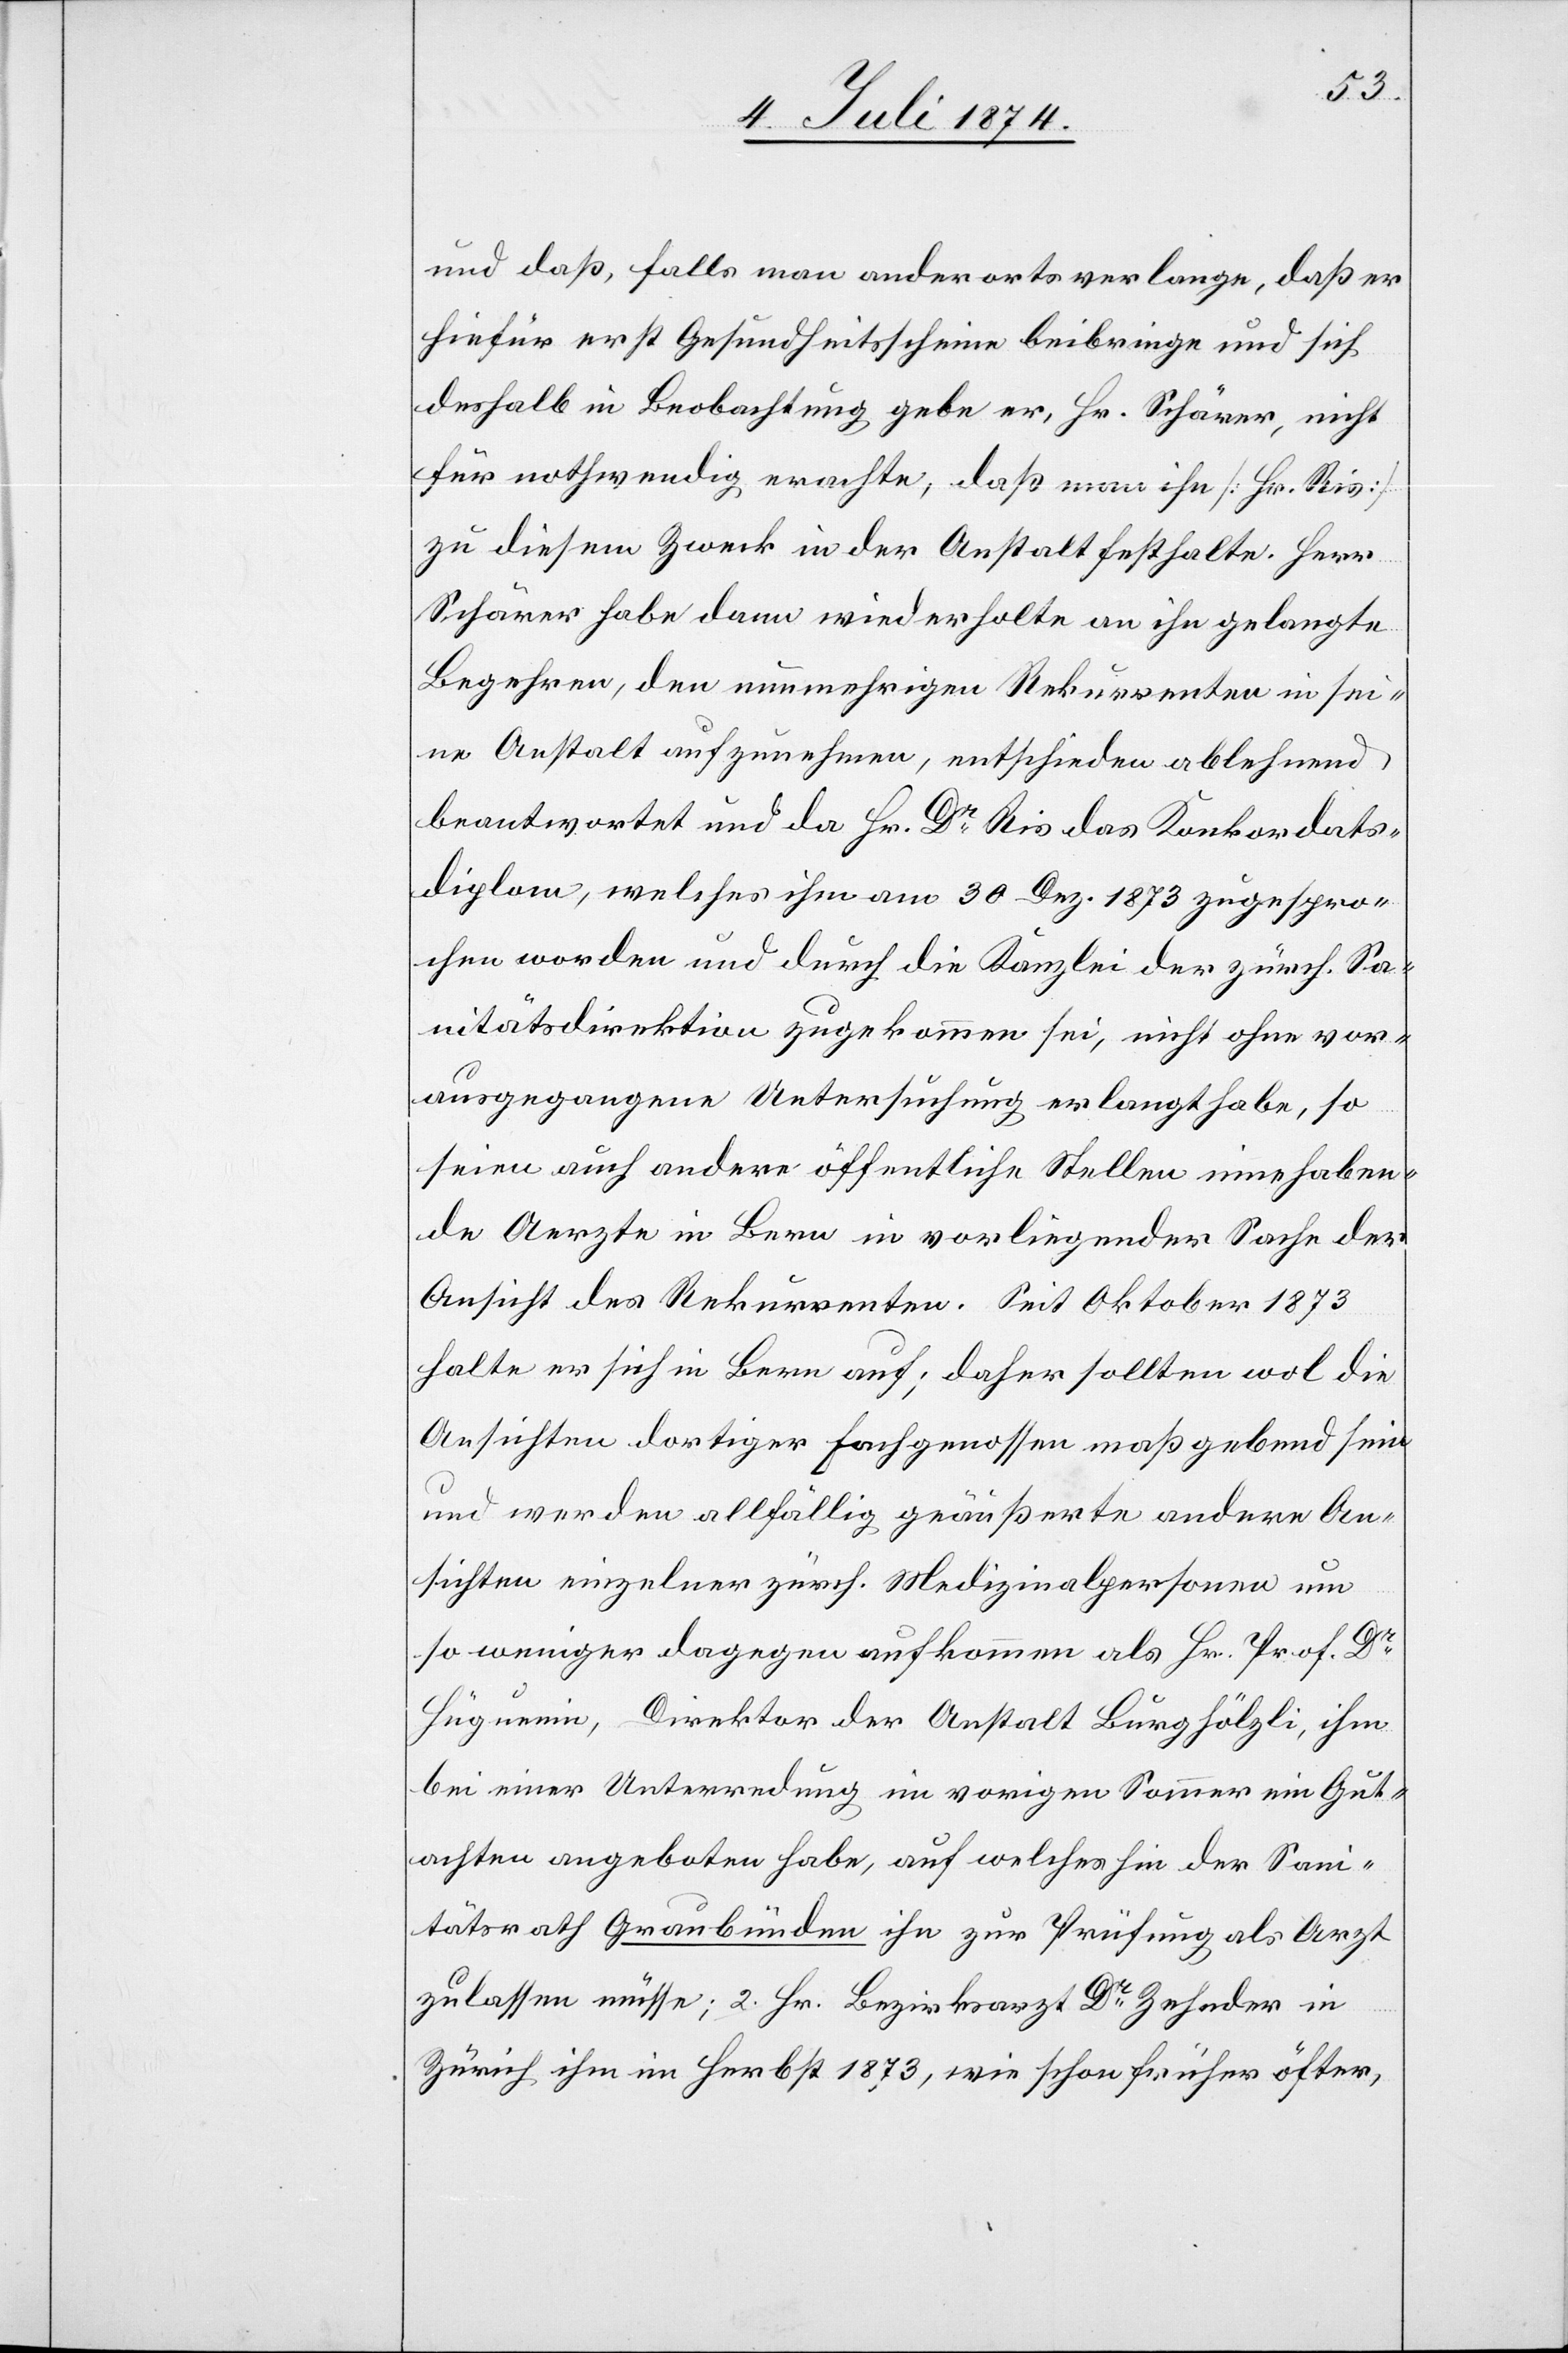
und daß, falls man anderorts verlange, daß er
hiefür erst Gesundheitsscheine beibringe und sich
deshalb in Beobachtung gebe er, Hr. Schärer, nicht
für nothwendig erachte, daß man ihn [Hr. Ris]
zu diesem Zweck in der Anstalt festhalte. Herr
Schärer habe dann wiederholte an ihn gelangte
Begehren, den nunmehrigen Rekurrenten in sei¬
ne Anstalt aufzunehmen, entschieden ablehnend
beantwortet und da Hr. Dr Ris das Konkordats¬
diplom, welches ihm am 30. Dez. 1873 zugespro¬
chen worden und durch die Kanzlei der zürch. Sa¬
nitätsdirektion zugekommen sei, nicht ohne vor¬
ausgegangene Untersuchung erlangt habe, so
seien auch andere öffentliche Stellen innehaben¬
de Aerzte in Bern in vorliegender Sache der
Ansicht des Rekurrenten. Seit Oktober 1873
halte er sich in Bern auf; daher sollten wol die
Ansichten dortiger Fachgenossen maßgebend sein
und werden allfällig geäußerte andere An¬
sichten einzelner zürch. Medizinalpersonen um
so weniger dagegen aufkommen als Hr. Prof. Dr
Hüguenin, Direktor der Anstalt Burghölzli, ihm
bei einer Unterredung im vorigen Sommer ein Gut¬
achten angeboten habe, auf welches hin der San¬
itätsrath Graubünden ihn zur Prüfung als Arzt
zulassen müsse; 2. Hr. Bezirksarzt Dr Zehnder in
Zürich ihm im Herbst 1873, wie schon früher öfter,